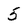
Character: 5